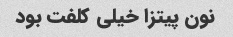
نون پیتزا خیلی کلفت بود